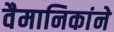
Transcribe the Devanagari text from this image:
वैमानिकांने